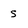
Character: s